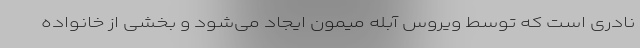
نادری است که توسط ویروس آبله میمون ایجاد می‌شود و بخشی از خانواده